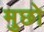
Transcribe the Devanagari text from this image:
मुछो